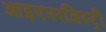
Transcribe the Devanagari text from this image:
आइएनरजिस्ट्री